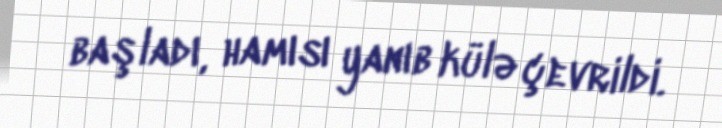
başladı, hamısı yanıb külə çevrildi.